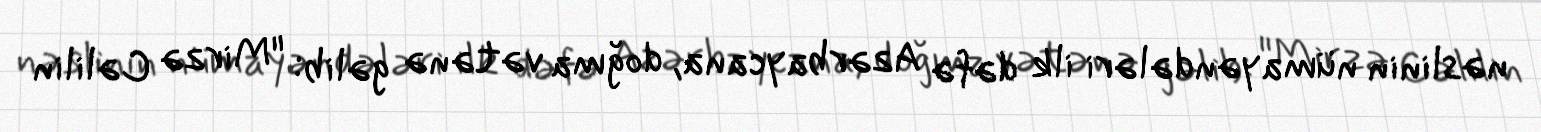
nəslinin nümayəndələri ilk dəfə Azərbaycana, doğma vətənə gəlib: "Mirzə Cəlilin